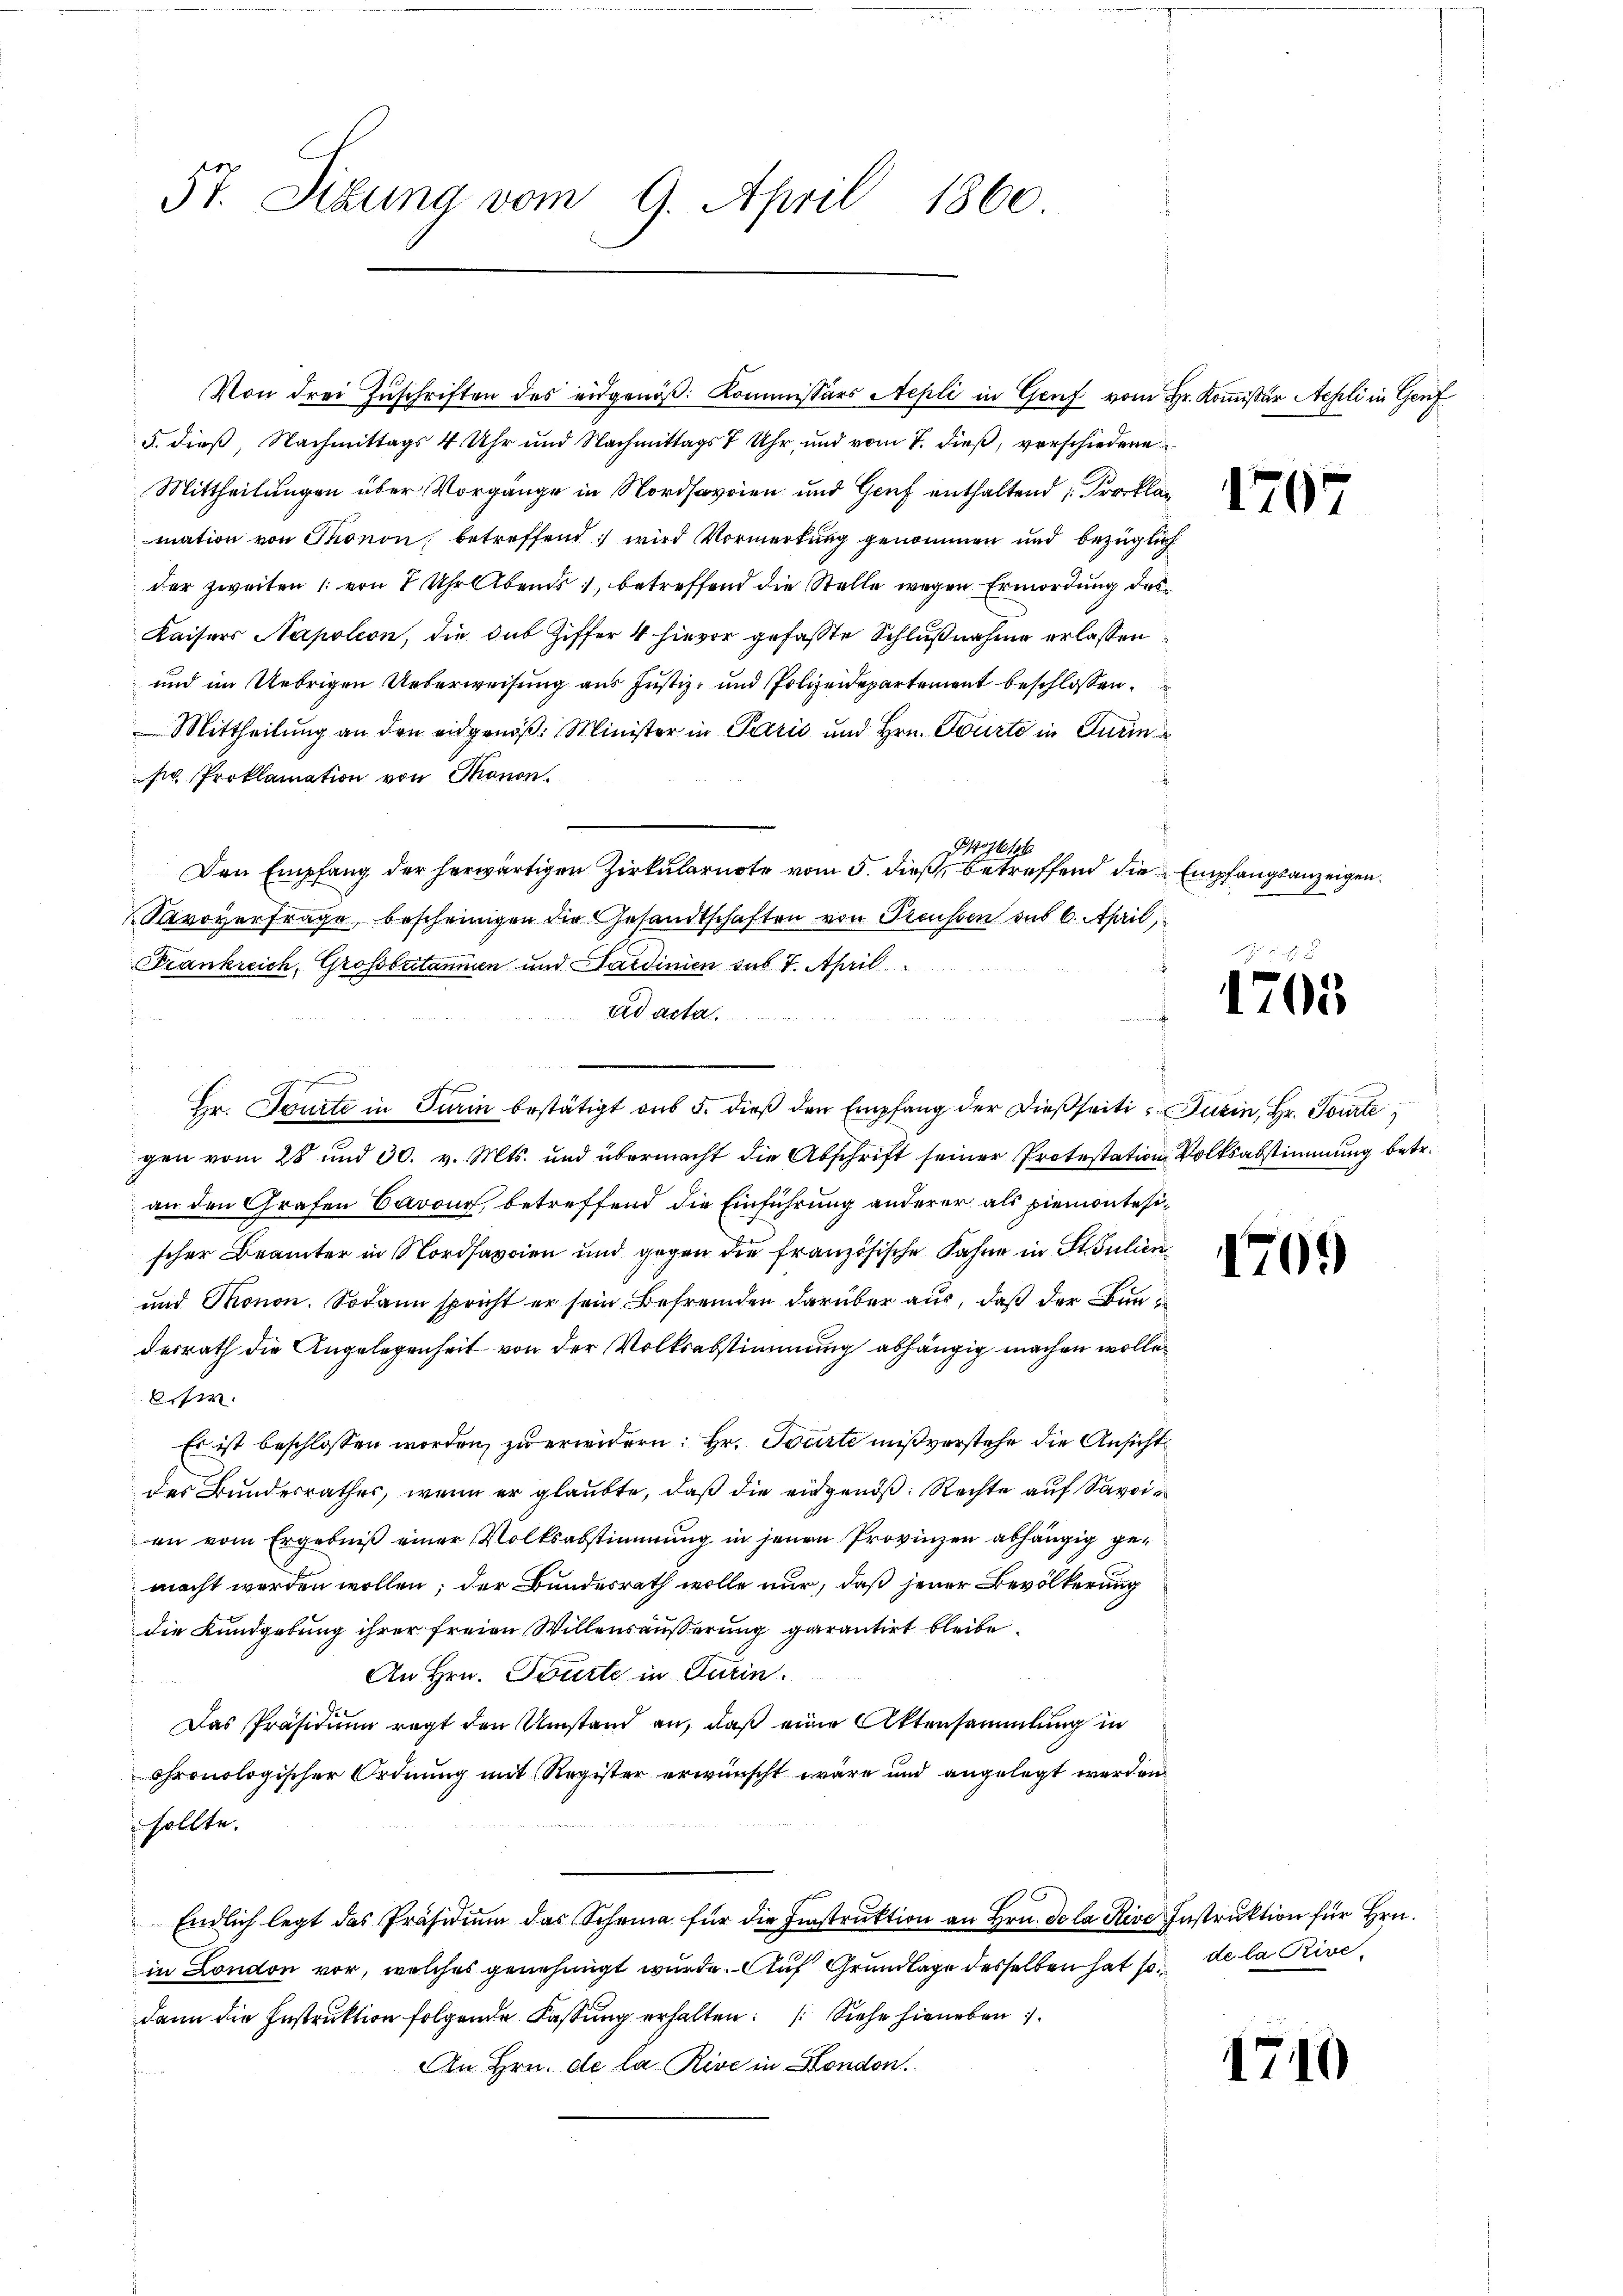
57. Sitzung vom 9. April 1860.

5. dieß, Nachmittags 4 Uhr und Nachmittags 7 Uhr, und vom 7. dieß, verschiedene
Mittheilungen über Vorgänge in Nordsavoien und Genf enthaltend: Pl
mation von Thonon, betreffend wird Vormerkung genommen und bezüglich
der zweiten : von 7 Uhr Abends, betreffend die Stelle wegen Ermordung des
Kaisers Napoleon, die das Ziffer 4 hievor gefaßte Schlußnahme erlassen
und im Uebrigen Ueberweisung aus Justiz- und Polizeidepartement beschlossen.
 Mittheilung an den eidgenöß: Minister in Paris und Hrn. Tourto in Turins Proklamation von Thonon
Postb
Den Empfang der herwärtigen Zirkularnote vom 5. dieß, betreffend die Empfangsanzeigen.
Savoyenfrage, bescheinigen die Gesandtschaften von Preussen des 6. April,
Frankreich, Großbritannen und Sardinien sub 7. April
ad acta
u
t
gen vom 28 und 30. v. Mts. und übermacht die Abschrift seiner Protestation Volksabstimmung betr.
an den Grafen Cavour, betreffend die Einführung anderer als piemontesischer Beamter in Nordsavien und gegen die französische Fahne in St. Julieu¬
und Thonon. Sodann spricht er sein Befremden darüber aus, daß der Bundesrath die Angelegenheit von der Volksabstimmung abhängig machen wolle.
ti
Es ist beschlossen worden, zu erwidern: Hr. Tourte mißverstehe die Ansichtdes Bundesrathes, wenn er glaubte, daß die eigends: Rechte auf Savoi
en vom Ergebniß einer Volksabstimmung in jenen Provinzen abhängig gemacht worden wollen; der Bundesrath wolle nur, daß jener Bevölkerung
die Kundgebung ihrer freien Willensäußerung garantirt bleibe
An Hrn. Toute in Turin.
Das Präsidium regt den Umstand an, daß eine Aktensammlung in
chronologischer Ordnung mit Register erwünscht wäre und angelegt werden
sollte.
Endlich legt das Präsidium das Schema für die Einstruktion an Hrn. De la Rive Instruktion für Hrn.
in London vor, welches genehmigt wurde. Auf Grundlage desselben hat so de la Rivedann die Instruktion folgende Fassung erhalten: Siehe hieneben.
An Hrn. de la Rive in Hondon.

d
Hr. Toute in Turin bestätigt aus 5. dieß den Empfang der dießseiti, Turin, Hr. Tourte

Von drei Zŭschriften des eidgenöß: Kommissärs Nepli in Genf vom Hr. Kommissär Aesli in Genf

i

1707

r Hinsich
1705

1709)

1740